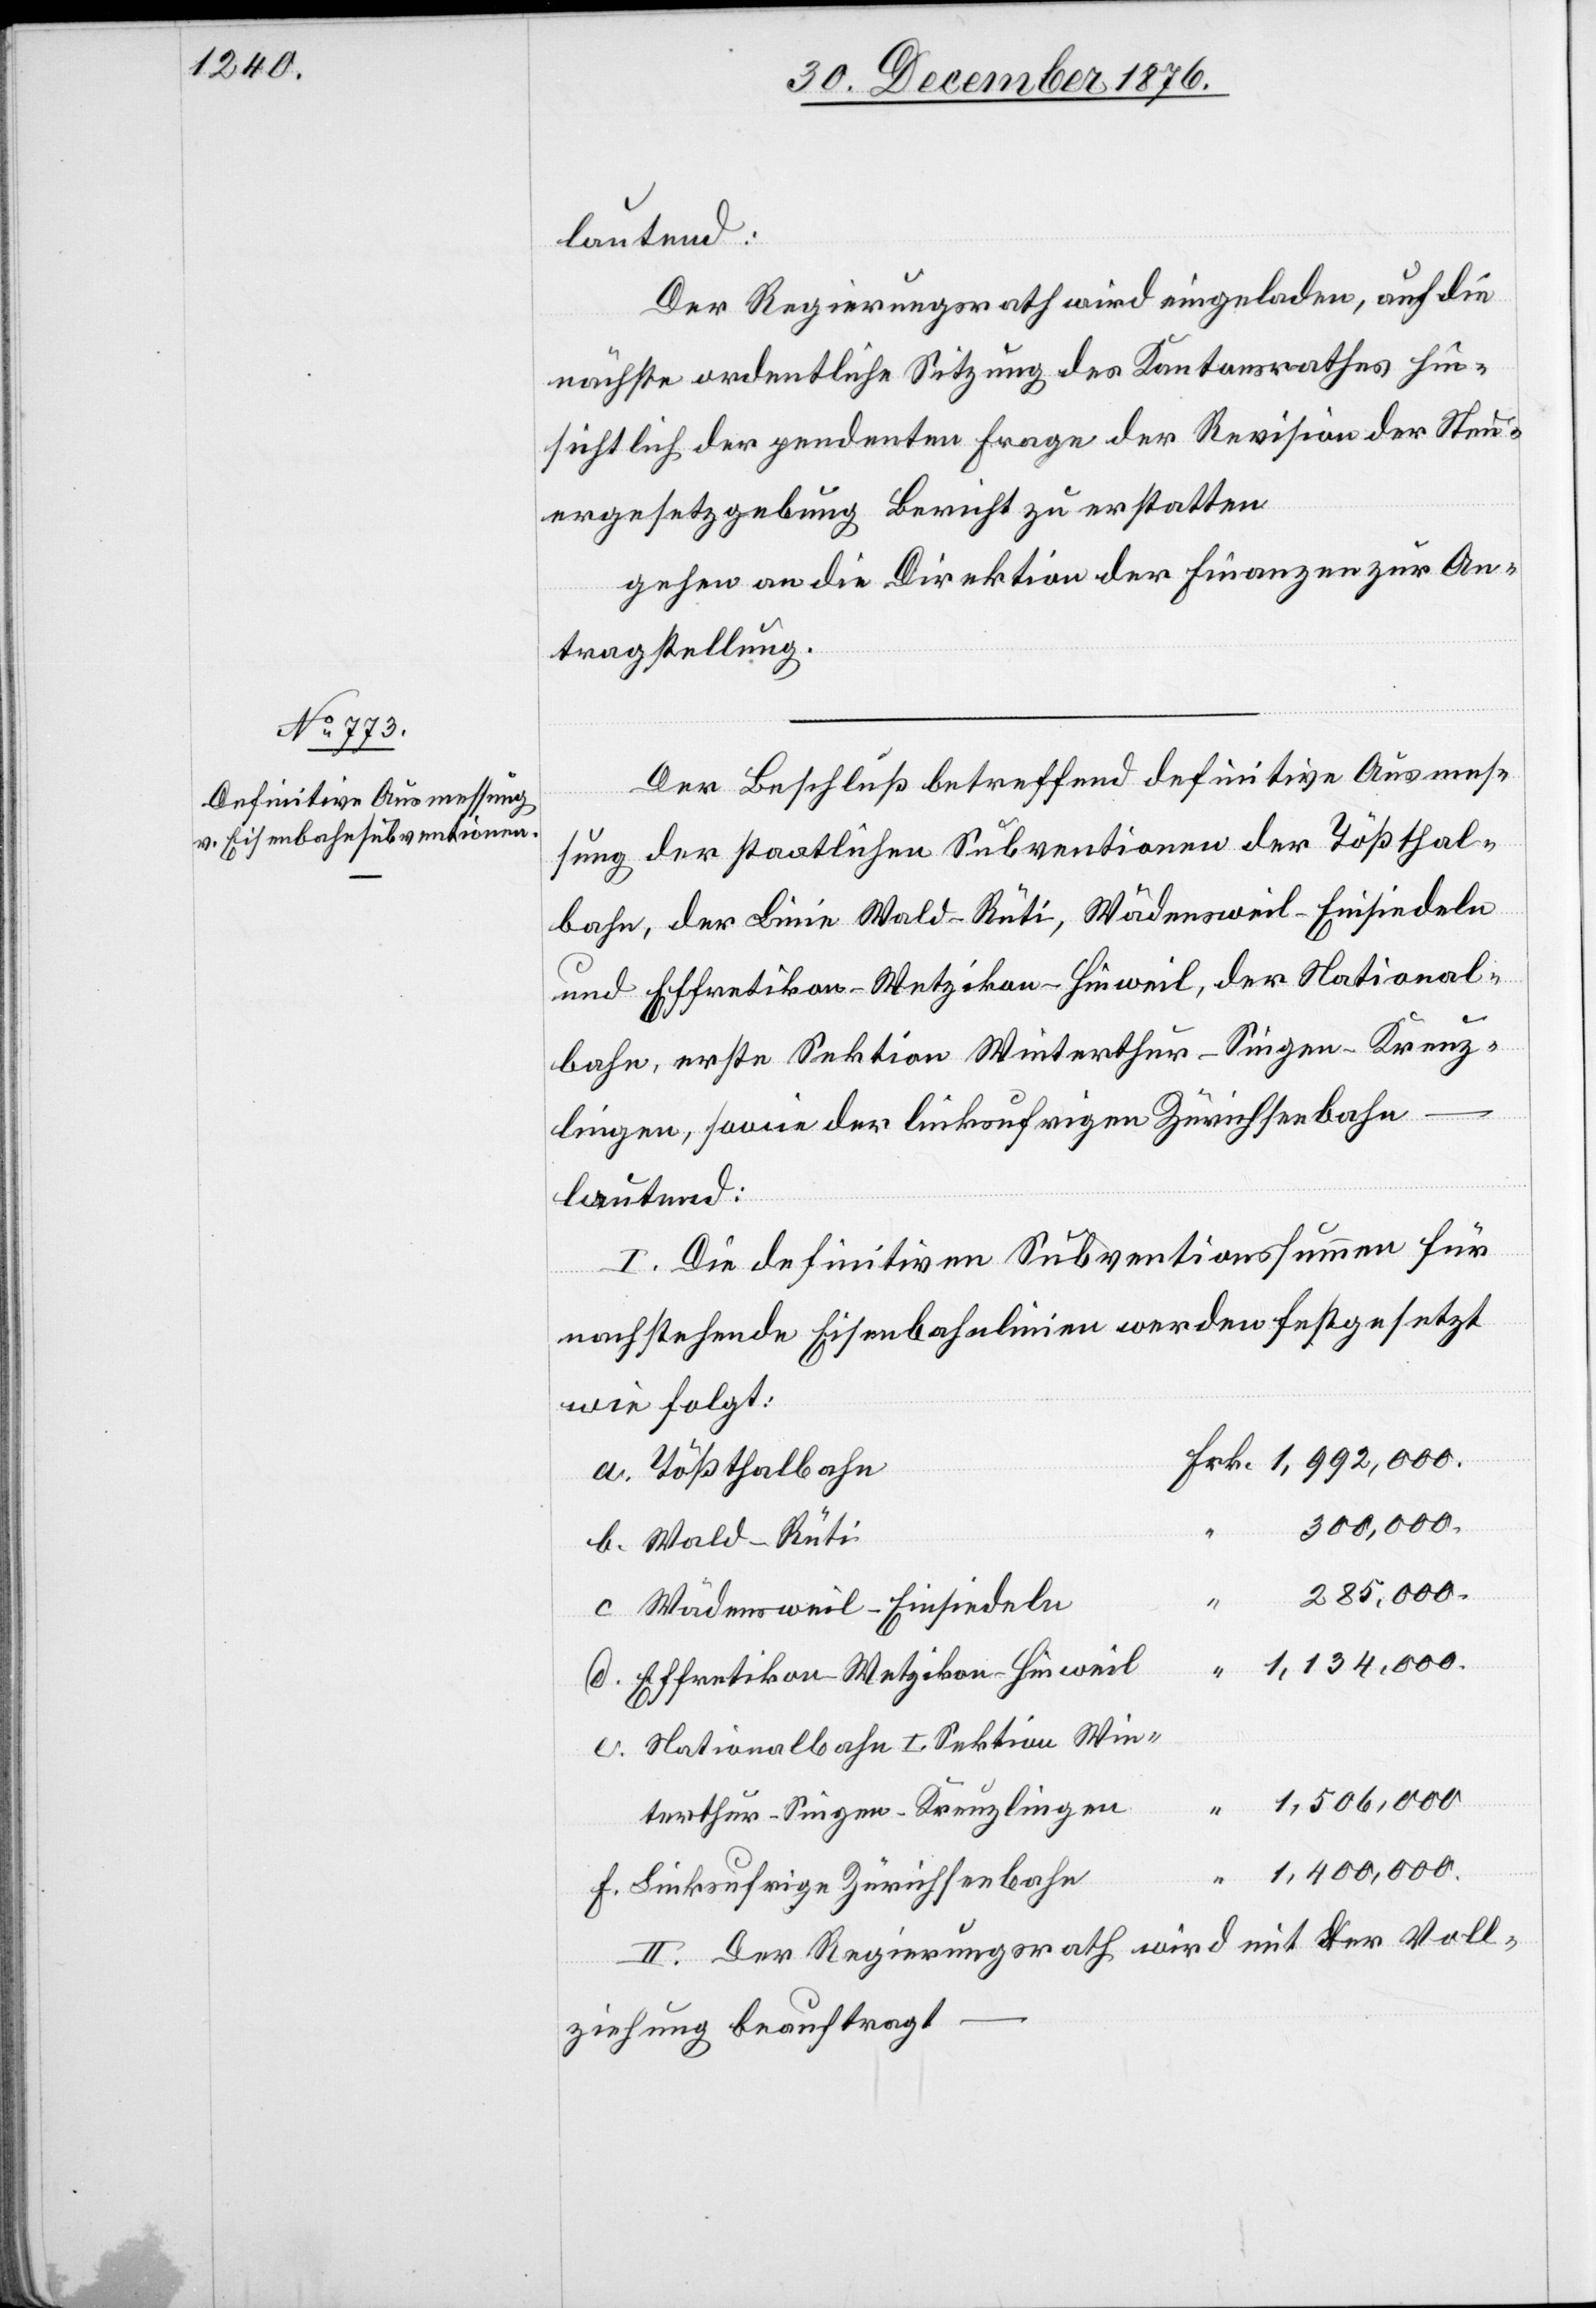
lautend:
Der Regierungsrath wird eingeladen, auf die
nächste ordentliche Sitzung des Kantonsrathes hin¬
sichtlich der pendenten Frage der Revision der Steu¬
ergesetzgebung Bericht zu erstatten.
gehen an die Direktion der Finanzen zur An¬
tragstellung.
Der Beschluß betreffend definitive Ausmes¬
sung der staatlichen Subventionen der Tößthal¬
bahn, der Linie Wald–Rüti, Wädensweil–Einsiedeln
und Effretikon–Wetzikon–Hinweil, der National¬
bahn, erste Sektion Winterthur–Singen–Kreuz¬
lingen, sowie der linksufrigen Zürichseebahn
lautend:
I. Die definitiven Subventionssummen für
nachstehende Eisenbahnlinien werden festgesetzt
wie folgt:
a. Tößthalbahn
300,000.
b. Wald–Rüti
285,000.
c. Wädensweil–Einsiedeln
d. Effretikon–Wetzikon–Hinweil
e. Nationalbahn I. Sektion Win¬
terthur–Singen–Kreuzlingen
1,400,000.
f. Linksufrige Zürichseebahn
II. Der Regierungsrath wird mit der Voll¬
ziehung beauftragt